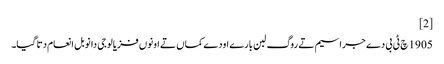
[2]
1905 چ ٹی بی دے جراسیم تے روگ لبن بارے اودے کماں تے اونوں فزیالوجی دا نوبل انعام دتا گیا۔